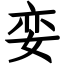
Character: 娈